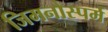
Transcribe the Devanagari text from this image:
जिमनोस्पर्म